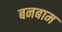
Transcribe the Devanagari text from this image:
बनबाम